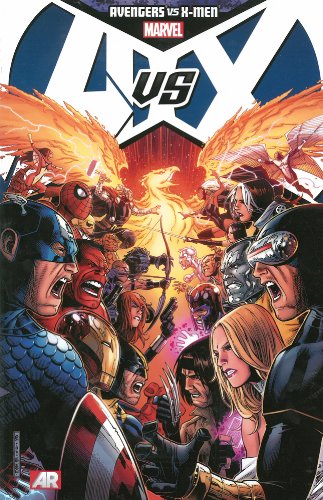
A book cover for Avengers vs. X-Men; Brian Michael Bendis; Comics & Graphic Novels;